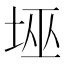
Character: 𱖫